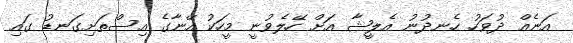
އަނެއް ދުވަހު ހެނދުނު އެލީޝާ އަށް ހޭލެވުނީ މީހަކު އޭނާގެ އިސްތަށިގަނޑު ގައި